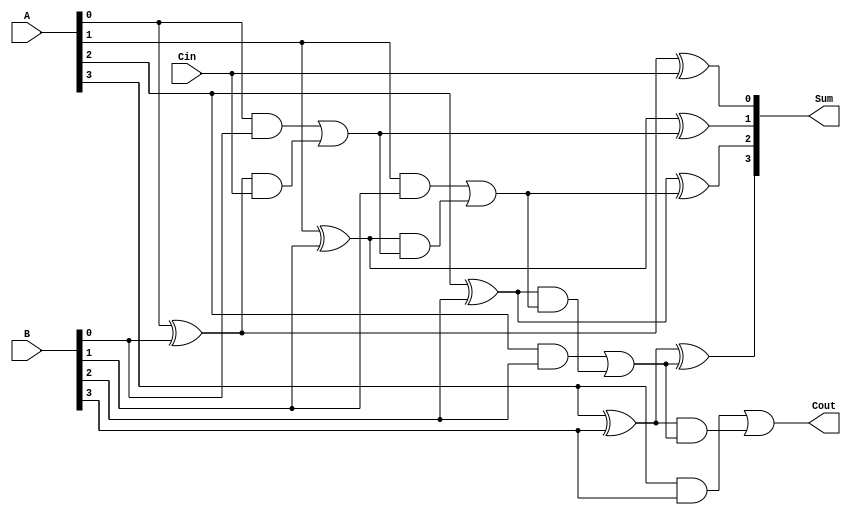
module CarryLookaheadAdder #(parameter n = 4) (
    input  [n-1:0] A,      // First operand
    input  [n-1:0] B,      // Second operand
    input         Cin,      // Carry input
    output [n-1:0] Sum,     // Sum output
    output        Cout       // Carry output
);

// Generate and Propagate signals
wire [n-1:0] G; // Generate signals
wire [n-1:0] P; // Propagate signals
wire [n:0] C;    // Carry signals

// Calculate G and P for each bit
genvar i;
generate
    for (i = 0; i < n; i = i + 1) begin : gen_prop
        assign G[i] = A[i] & B[i];          // Generate
        assign P[i] = A[i] ^ B[i];          // Propagate
    end
endgenerate

// Carry output calculation
assign C[0] = Cin; // Initial carry input
generate
    for (i = 1; i <= n; i = i + 1) begin : carry_gen
        assign C[i] = G[i-1] | (P[i-1] & C[i-1]); // Carry calculation
    end
endgenerate

// Sum calculation
generate
    for (i = 0; i < n; i = i + 1) begin : sum_gen
        assign Sum[i] = P[i] ^ C[i];          // Sum calculation
    end
endgenerate

// Final carry output
assign Cout = C[n]; // Final carry output

endmodule